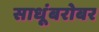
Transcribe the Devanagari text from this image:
साधूंबरोबर